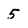
Character: 5